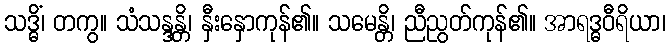
သဒ္ဓိံ၊ တကွ။ သံသန္ဒန္တိ၊ နှီးနှောကုန်၏။ သမေန္တိ၊ ညီညွတ်ကုန်၏။ အာရဒ္ဓဝီရိယာ၊